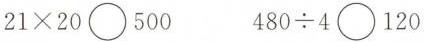
$$21\times 20\bigcirc 500$$ $$480\div 4\bigcirc 120$$